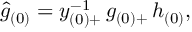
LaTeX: \hat { g } _ { ( 0 ) } = y _ { ( 0 ) + } ^ { - 1 } \, g _ { ( 0 ) + } \, h _ { ( 0 ) } ,